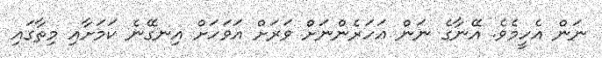
ނަން އެހީމެވެ. އޭނާގެ ނަން އަހަރެންނަށް ވަރަށް އަވަހަށް އިނގޭނެ ކަމަށާއި މިތާގައި